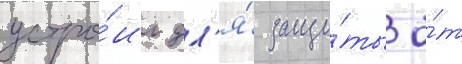
устро́ил дл'я́ защи́ты о́т